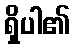
ရှိပါ၏